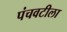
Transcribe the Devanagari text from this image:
पंचवटीला